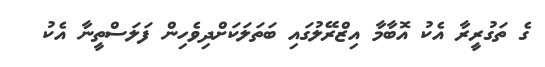
ގެ ތަގުރީރާ އެކު އޮބާމާ އިޒްރޭލުގައި ބަތަލަކަށްދިވެހިން ފަލަސްތީނާ އެކު